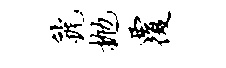
虢抛覆